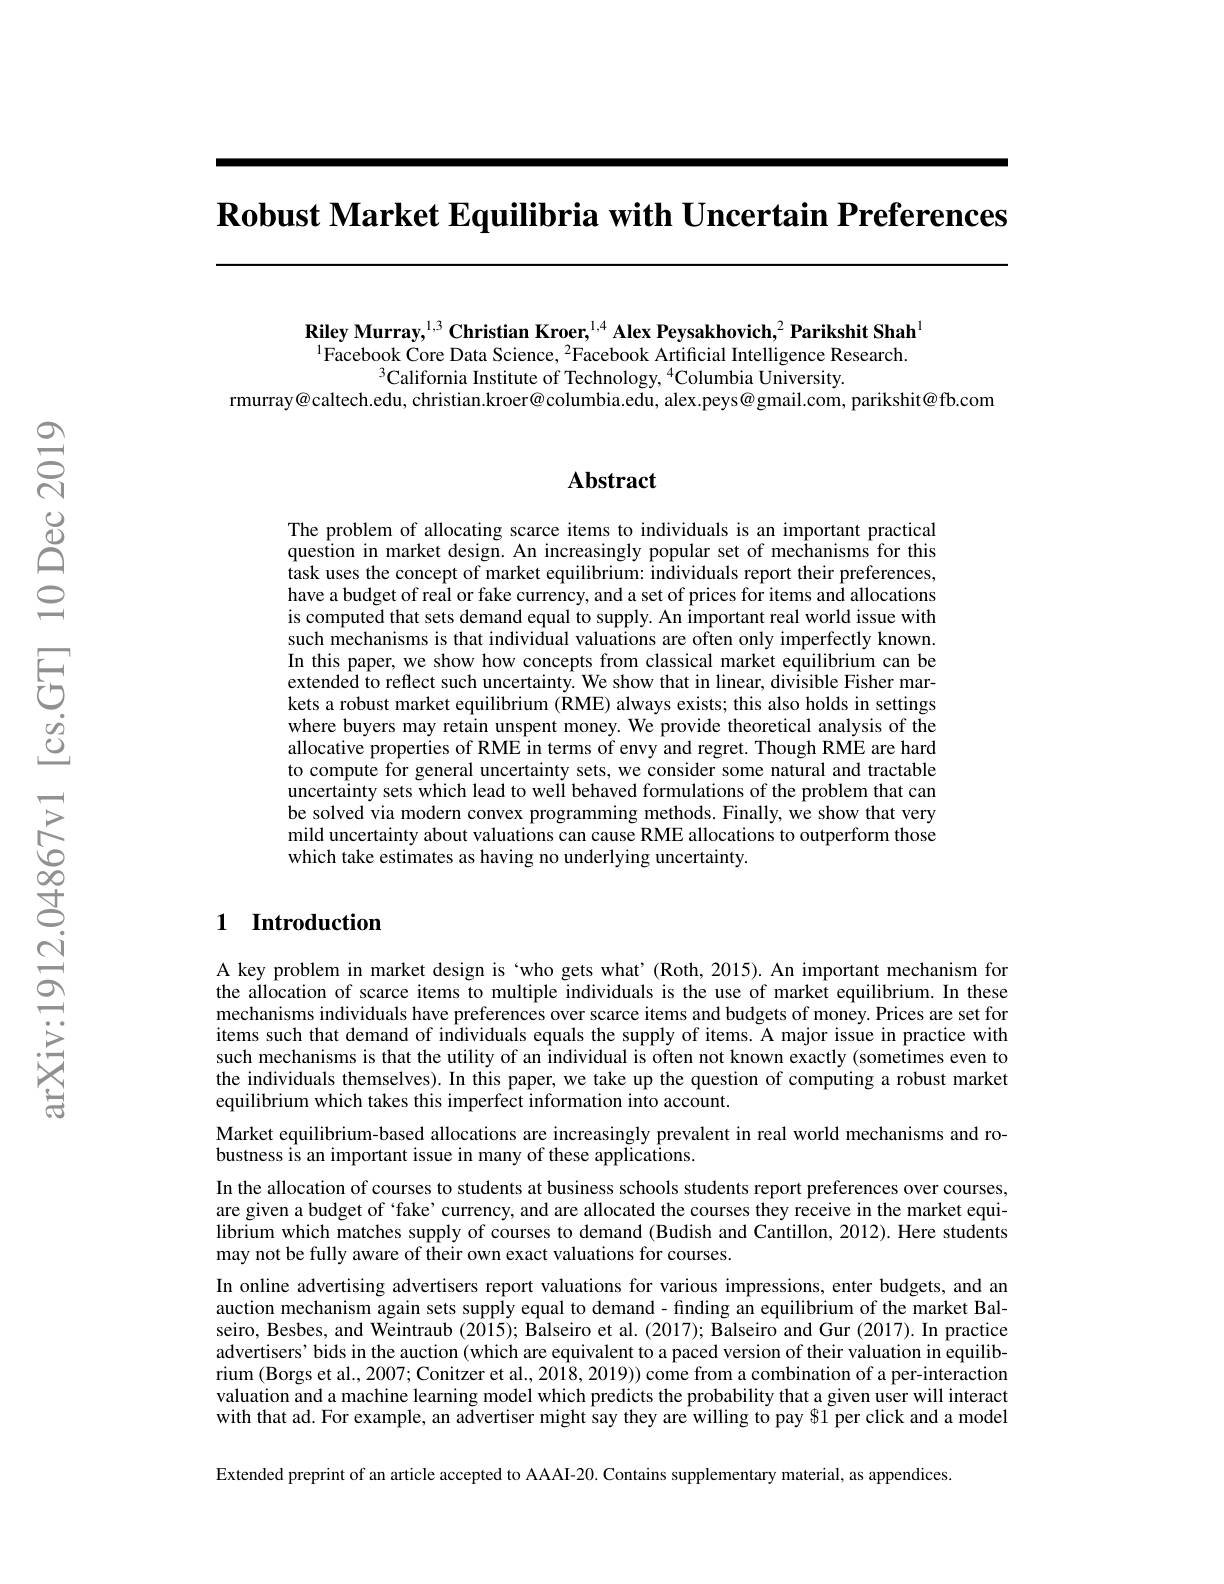
$\textbf{Robust Market Equilibria with Uncertain Preferences}$

$\textbf{Riley Murray,}^{1,3}\textbf{Christian Kroer,}^{1,4}$ Alex Peysakhovich,$^2\textbf{Parikshit Shah}^{1}$ $^{1}$Facebook Core Data Science, $^2$Facebook Artificial Intelligence Research.
$^{3}$California Institute of Technology, $^{4}$Columbia University.
rmurray@caltech.edu, christian.kroer@columbia.edu, alex.peys@gmail.com, parikshit@fb.com

## Abstract

The problem of allocating scarce items to individuals is an important practical question in market design. An increasingly popular set of mechanisms for this task uses the concept of market equilibrium: individuals report their preferences, have a budget of real or fake currency, and a set of prices for items and allocations is computed that sets demand equal to supply. An important real world issue with such mechanisms is that individual valuations are often only imperfectly known. In this paper, we show how concepts from classical market equilibrium can be extended to reflect such uncertainty. We show that in linear, divisible Fisher markets a robust market equilibrium (RME) always exists; this also holds in settings where buyers may retain unspent money. We provide theoretical analysis of the allocative properties of RME in terms of envy and regret. Though RME are hard to compute for general uncertainty sets, we consider some natural and tractable uncertainty sets which lead to well behaved formulations of the problem that can be solved via modern convex programming methods. Finally, we show that very mild uncertainty about valuations can cause RME allocations to outperform those which take estimates as having no underlying uncertainty.

## 1 Introduction

A key problem in market design is ‘who gets what’(Roth, 2015). An important mechanism for the allocation of scarce items to multiple individuals is the use of market equilibrium. In these mechanisms individuals have preferences over scarce items and budgets of money. Prices are set for items such that demand of individuals equals the supply of items. A major issue in practice with such mechanisms is that the utility of an individual is often not known exactly (sometimes even to the individuals themselves). In this paper, we take up the question of computing a robust market equilibrium which takes this imperfect information into account.
Market equilibrium-based allocations are increasingly prevalent in real world mechanisms and ro-
bustness is an important issue in many of these applications.
In the allocation of courses to students at business schools students report preferences over courses, are given a budget of ‘fake’currency, and are allocated the courses they receive in the market equilibrium which matches supply of courses to demand (Budish and Cantillon, 2012). Here students may not be fully aware of their own exact valuations for courses.
In online advertising advertisers report valuations for various impressions, enter budgets, and an auction mechanism again sets supply equal to demand - finding an equilibrium of the market Balseiro, Besbes, and Weintraub (2015); Balseiro et al. (2017); Balseiro and Gur (2017). In practice advertisers’ bids in the auction (which are equivalent to a paced version of their valuation in equilibrium (Borgs et al., 2007; Conitzer et al. 2018, 2019)) come from a combination of a per-interaction valuation and a machine learning model which predicts the probability that a given user will interact with that ad. For example, an aāvertiser might say they are willing to pay $1 per click and a model Extended preprint of an article accepted to AAAI-20. Contains supplementary material, as appendices